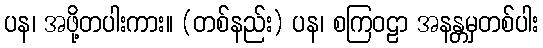
ပန၊ အဖို့တပါးကား။ (တစ်နည်း) ပန၊ စကြဝဠာ အနန္တမှတစ်ပါး